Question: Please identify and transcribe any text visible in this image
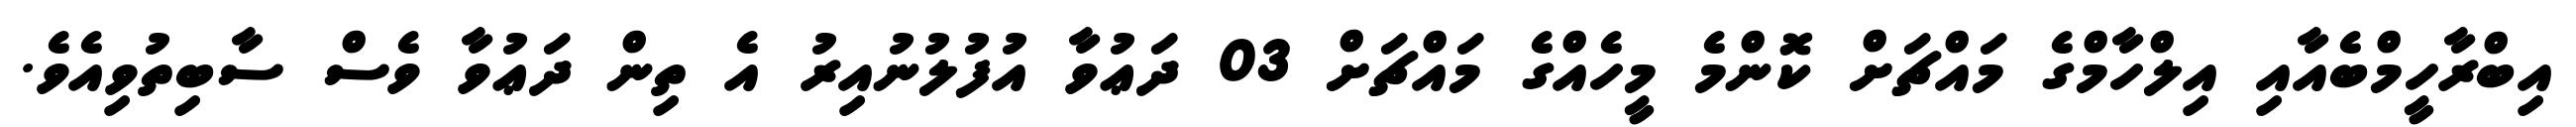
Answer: އިބްރާހީމްބެއާއި އިލްހާމްގެ މައްޗަށް ކޮންމެ މީހެއްގެ މައްޗަށް 03 ދަޢުވާ އުފުލުނުއިރު އެ ތިން ދަޢުވާ ވެސް ސާބިތުވިއެވެ.